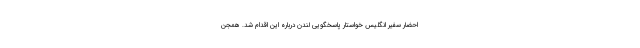
احضار سفیر انگلیس خواستار پاسخگویی لندن درباره این اقدام شد. همجن